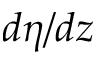
d \eta / d z